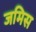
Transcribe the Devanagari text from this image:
जमिस